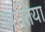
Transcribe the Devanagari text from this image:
सांतिया